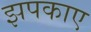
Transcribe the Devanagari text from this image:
झपकाए